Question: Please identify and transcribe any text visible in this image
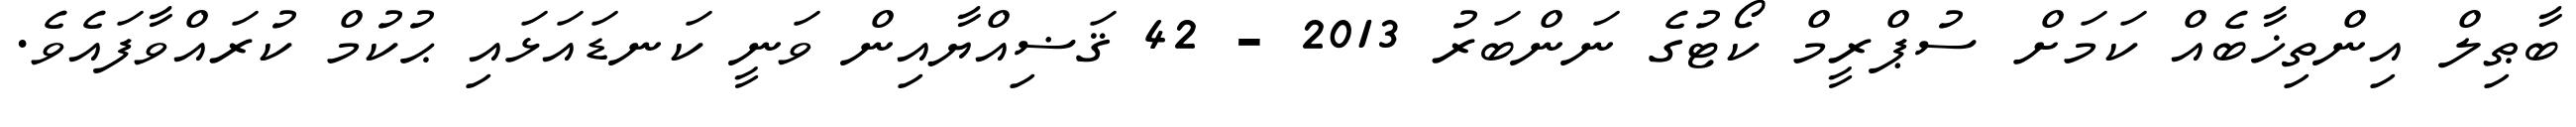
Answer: ބާޠިލް އިންތިޚާބެއް ކަމަށް ސުޕްރީމް ކޯޓުގެ ނަންބަރު 2013 - 42 ޤަޟިއްޔާއިން ވަނީ ކަނޑައަޅައި ޙުކުމް ކުރައްވާފައެވެ.